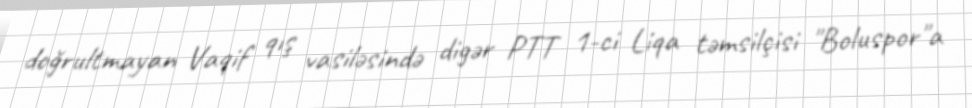
doğrultmayan Vaqif qış vasiləsində digər PTT 1-ci Liqa təmsilçisi "Boluspor"a